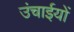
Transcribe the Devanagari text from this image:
उंचाईयों